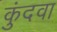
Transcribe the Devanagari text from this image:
कुंदवा